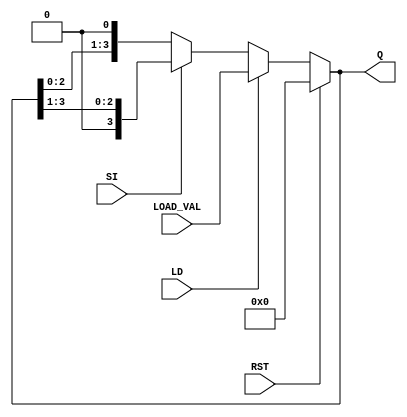
module async_shift_counter (
    input wire SI,         // Shift Input
    input wire LD,         // Load Input
    input wire RST,        // Reset Input
    input wire [3:0] LOAD_VAL, // Predefined value for loading
    output reg [3:0] Q     // Counter output
);

// Asynchronous counter logic
always @(*) begin
    if (RST) begin
        // Reset the counter
        Q = 4'b0000;
    end
    else if (LD) begin
        // Load the specified value
        Q = LOAD_VAL;
    end
    else begin
        // Shift operation
        if (SI) begin
            // Right shift: Insert 0 at MSB, drop LSB
            Q = {1'b0, Q[3:1]};
        end
        else begin
            // Left shift: Insert 0 at LSB, drop MSB
            Q = {Q[2:0], 1'b0};
        end
    end
end

endmodule